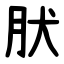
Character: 肰